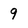
Character: 9